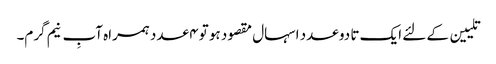
تلیین کے لئے ایک تا دو عدد اسہال مقصود ہو تو ۴ عدد ہمراہ آبِ نیم گرم۔